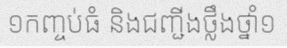
១កញ្ចប់ធំ និងជញ្ជីងថ្លឹងថ្នាំ១